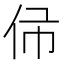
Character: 𠇛